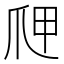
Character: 𭶫